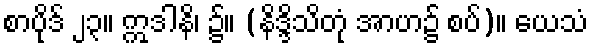
စာပိုဒ် ၂၃။ ဣဒါနိ၊ ၌။ (နိဒ္ဒိသိတုံ အာဟ၌ စပ်)။ ယေသံ